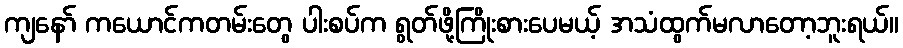
ကျနော် ကယောင်ကတမ်းတွေ ပါးစပ်က ရွတ်ဖို့ကြိုးစားပေမယ့် အသံထွက်မလာတော့ဘူးရယ်။